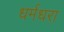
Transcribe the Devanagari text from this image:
धर्मधरा